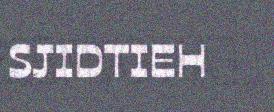
SJIDTIEH